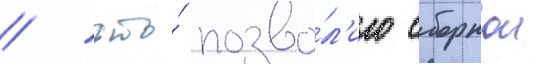
/ что́ позво́л'ило сборнои